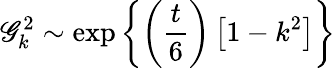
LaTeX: \mathscr{G}_{k}^{2}\sim\mathrm{{exp}}\left\{ \left(\frac{t}{6}\right)\left[1-k^{2}\right]\right\}